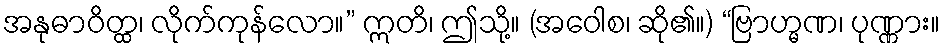
အနုဓာဝိတ္ထ၊ လိုက်ကုန်လော။” ဣတိ၊ ဤသို့။ (အဝေါစ၊ ဆို၏။) “ဗြာဟ္မဏ၊ ပုဏ္ဏား။